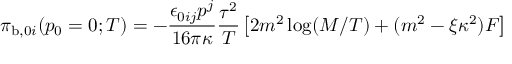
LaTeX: { \cal { \pi } } _ { \mathrm { b } , 0 i } ( p _ { 0 } = 0 ; T ) = - \frac { \epsilon _ { 0 i j } p ^ { j } } { 1 6 \pi \kappa } \frac { \tau ^ { 2 } } { T } \left[ 2 m ^ { 2 } \log ( M / T ) + ( m ^ { 2 } - \xi \kappa ^ { 2 } ) F \right]